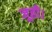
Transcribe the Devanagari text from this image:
जूही।